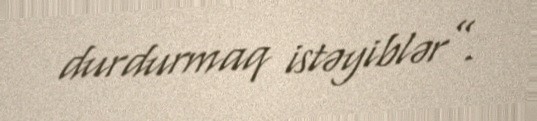
durdurmaq istəyiblər”.